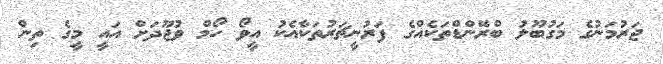
ޖަރުމަނުގެ މަގުބޫލު ބްރޭންޑްތަކެއްގެ ފަރުނީޗަރުތަކާއެކު އީވޯ ހޯމް ވުޖޫދަށް އައީ މީގެ ތިން